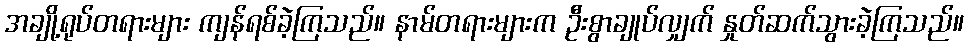
အချို့ရုပ်တရားများ ကျန်ရစ်ခဲ့ကြသည်။ နာမ်တရားများက ဦးစွာချုပ်လျှက် နှုတ်ဆက်သွားခဲ့ကြသည်။